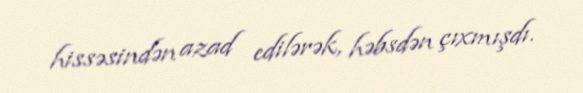
hissəsindən azad edilərək, həbsdən çıxmışdı.